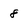
Character: 8